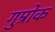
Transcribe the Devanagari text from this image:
गुम्रोक